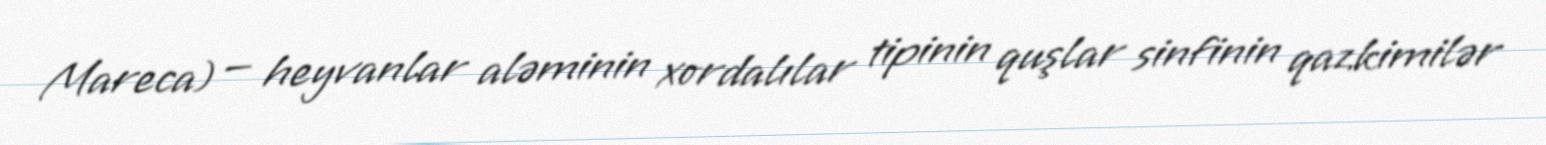
Mareca) — heyvanlar aləminin xordalılar tipinin quşlar sinfinin qazkimilər